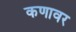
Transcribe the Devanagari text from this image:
कणावर